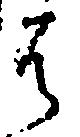
は